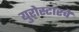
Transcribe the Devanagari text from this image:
युरोस्टारचे